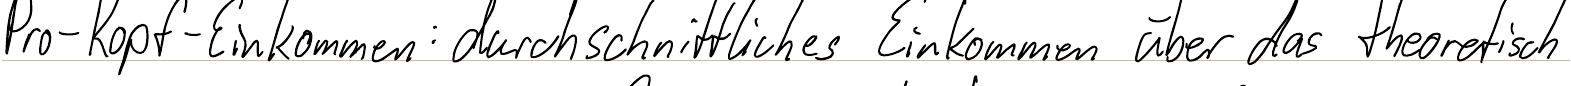
Pro-Kopf-Einkommen: durchschnittliches Einkommen über das theoretisch